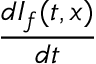
\frac { d I _ { f } ( t , x ) } { d t }